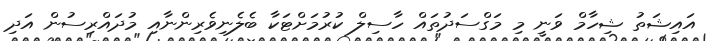
އައިޝަތު ޝިހާމް ވަނީ މި މަގްސަދުތައް ހާސިލް ކުރުމަށްޓަކާ ބެލެނިވެރިންނާއި މުދައްރިސުން އަދި